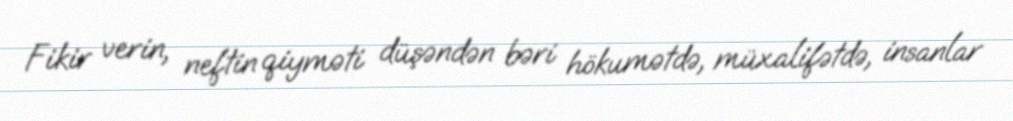
Fikir verin, neftin qiyməti düşəndən bəri hökumətdə, müxalifətdə, insanlar